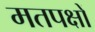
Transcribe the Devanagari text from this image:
मतपक्षों